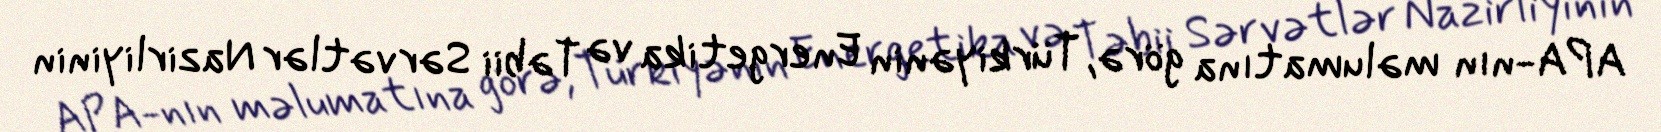
APA-nın məlumatına görə, Türkiyənin Energetika və Təbii Sərvətlər Nazirliyinin